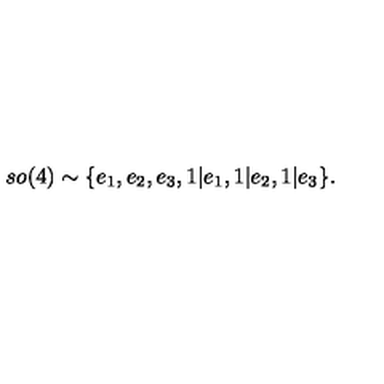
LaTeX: s o ( 4 ) \sim \{ e _ { 1 } , e _ { 2 } , e _ { 3 } , 1 | e _ { 1 } , 1 | e _ { 2 } , 1 | e _ { 3 } \} .